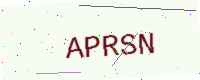
Text: APRSN